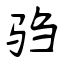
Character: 驺